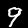
Digit: 9